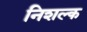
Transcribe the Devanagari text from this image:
निशल्क